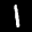
Label: 1